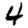
Digit: 4